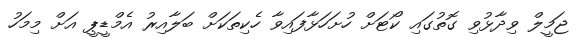
ޖަމީލް ވިދާޅުވި ގޮތުގައި ކޯޓަށް ހުށަހަޅާފައިވާ ހެކިތަކަށް ބަލާއިރު އެމްޑީޕީ އަށް މިމަހު